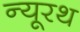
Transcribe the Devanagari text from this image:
न्यूरथ